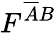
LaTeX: F^{\overline{{A}}B}